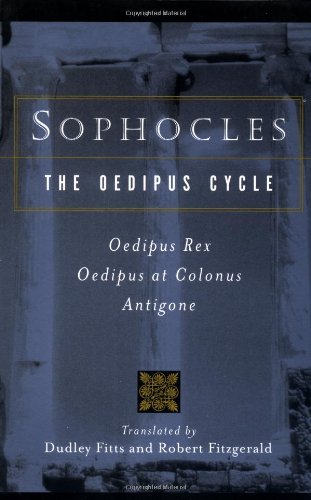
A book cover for Sophocles, The Oedipus Cycle: Oedipus Rex, Oedipus at Colonus, Antigone; Sophocles; Literature & Fiction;